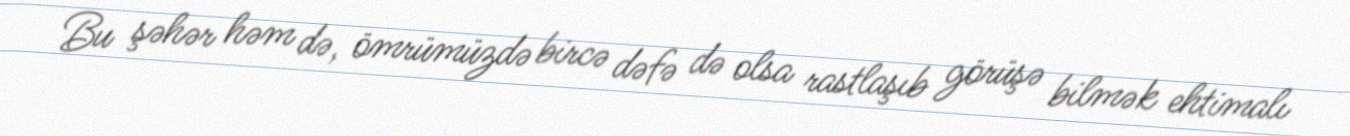
Bu şəhər həm də, ömrümüzdə bircə dəfə də olsa rastlaşıb görüşə bilmək ehtimalı